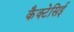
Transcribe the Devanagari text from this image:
कैक्टेसिई